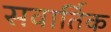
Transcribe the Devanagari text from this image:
सवार्तिक